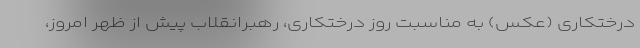
درختکاری (عکس) به مناسبت روز درختکاری، رهبرانقلاب پیش از ظهر امروز،